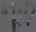
નૂરી